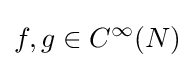
f,g\in {C^{\infty }}(N)